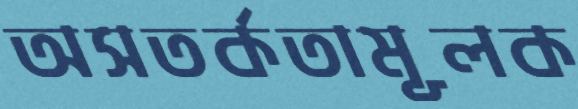
অসতর্কতামূলক